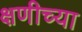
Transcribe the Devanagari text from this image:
क्षणीच्या